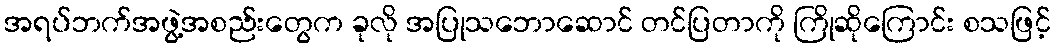
အရပ်ဘက်အဖွဲ့အစည်းတွေက ခုလို အပြုသဘောဆောင် တင်ပြတာကို ကြိုဆိုကြောင်း စသဖြင့်